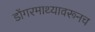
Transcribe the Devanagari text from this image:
डोंगरमाथ्यावरूनच